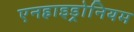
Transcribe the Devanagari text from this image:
एनहाइड्रोनियम